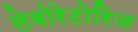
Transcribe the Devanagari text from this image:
लेबोरेटोरिज